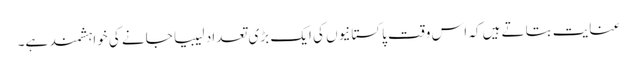
عنایت بتاتے ہیں کہ اس وقت پاکستانیوں کی ایک بڑی تعداد لیبیا جانے کی خواہشمند ہے۔